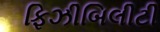
ફિઝીબિલીટી